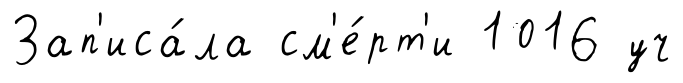
Зап'иса́ла см'е́рт'и 1016 уч